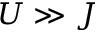
U \gg J